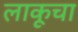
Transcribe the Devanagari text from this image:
लाकूचा